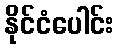
နိုင်ငံပေါင်း